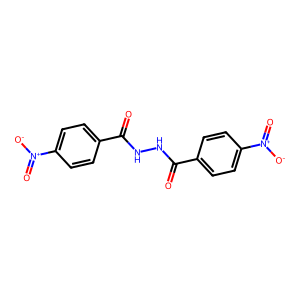
SMILES: O=C(NNC(=O)c1ccc([N+](=O)[O-])cc1)c1ccc([N+](=O)[O-])cc1
Inhibits HIV replication: No